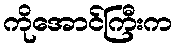
ကိုအောင်ကြီးက